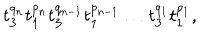
t _ { 3 } ^ { q _ { n } } t _ { 1 } ^ { p _ { n } } t _ { 3 } ^ { q _ { n - 1 } } t _ { 1 } ^ { p _ { n - 1 } } \ldots t _ { 3 } ^ { q _ { 1 } } t _ { 1 } ^ { p _ { 1 } } ,